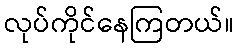
လုပ်ကိုင်နေကြတယ်။